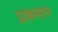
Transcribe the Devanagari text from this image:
द्राकमान